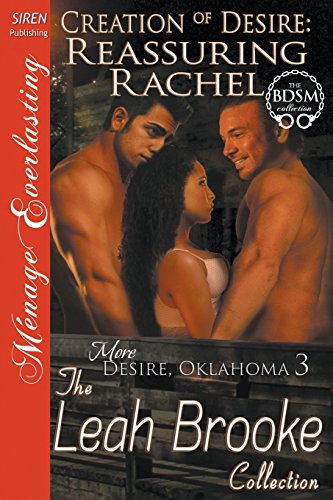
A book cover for Creation of Desire: Reassuring Rachel [More Desire, Oklahoma 3] (Siren Publishing Menage Everlasting); Leah Brooke; Romance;